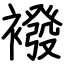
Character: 襏